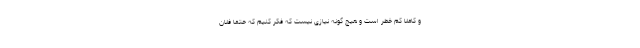
و کاملا کم خطر است و هیچ گونه نیازی نیست که فکر کنیم که حتما فلان